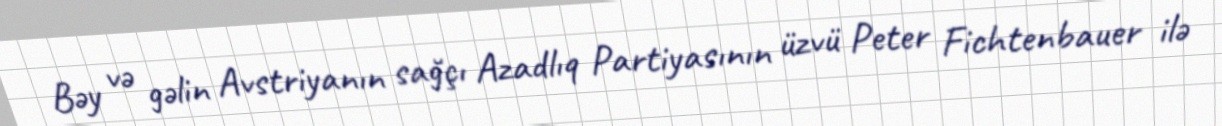
Bəy və gəlin Avstriyanın sağçı Azadlıq Partiyasının üzvü Peter Fichtenbauer ilə